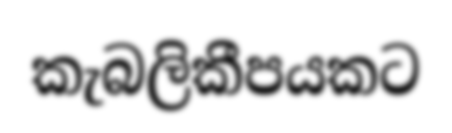
කැබලිකීපයකට